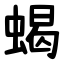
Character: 蝎